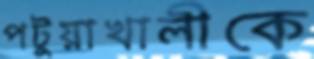
পটুয়াখালীকে